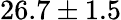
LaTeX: {26.7\pm 1.5}